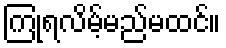
ကြုံရလိမ့်မည်မထင်။